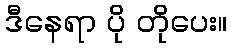
ဒီနေရာ ပို တိုပေး။